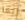
ربما